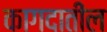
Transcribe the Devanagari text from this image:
कागदातील